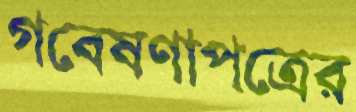
গবেষণাপত্রের